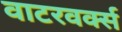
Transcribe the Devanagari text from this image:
वाटरवर्क्स